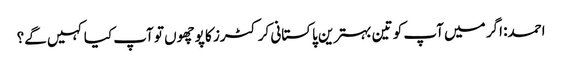
احمد: اگر میں آپ کو تین بہترین پاکستانی کرکٹرز کا پوچھوں تو آپ کیا کہیں گے؟